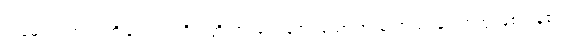
ဣမေ၊ ဤတရားတို့သည်။ သဝိဘတ္တိကာ၊ ဝေဖန်အပ်သော အထူးအပြားနှင့် တကွ ဖြစ်ကုန်၏။